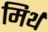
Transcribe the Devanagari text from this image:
मिर्थ